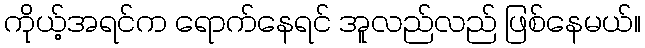
ကိုယ့်အရင်က ရောက်နေရင် အူလည်လည် ဖြစ်နေမယ်။